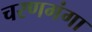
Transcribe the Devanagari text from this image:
चरणगंगा